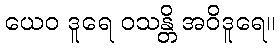
ယေဝ ဒူရေ ဝသန္တိ အဝိဒူရေ။